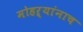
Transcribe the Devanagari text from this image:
मोहऱ्यांनाच